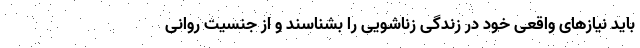
باید نیازهای واقعی خود در زندگی زناشویی را بشناسند و از جنسیت روانی